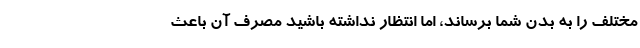
مختلف را به بدن شما برساند، اما انتظار نداشته باشید مصرف آن باعث